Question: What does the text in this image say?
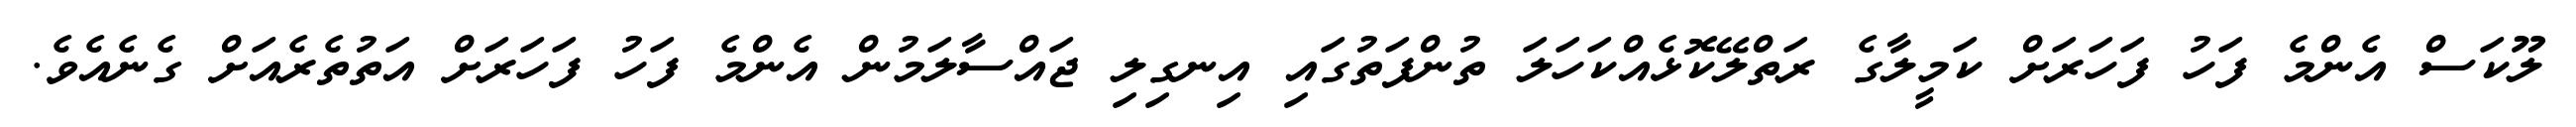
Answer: ލޫކަސް އެންމެ ފަހު ފަހަރަށް ކަމީލާގެ ރަތްލޭކޮޅެއްކަހަލަ ތުންފަތުގައި އިނގިލި ޖައްސާލަމުން އެންމެ ފަހު ފަހަރަށް އަތުތެރެއަށް ގެނެއެވެ.